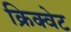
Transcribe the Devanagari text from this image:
क्रिक्वेट